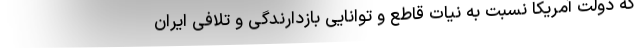
که دولت آمریکا نسبت به نیات قاطع و توانایی بازدارندگی و تلافی ایران